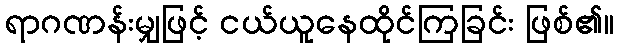
ရာဂဏန်းမျှဖြင့် ငယ်ယူနေထိုင်ကြခြင်း ဖြစ်၏။